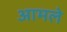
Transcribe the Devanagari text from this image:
आमले